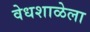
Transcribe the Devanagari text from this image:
वेधशाळेला